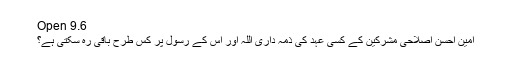
Open 9.6
امین احسن اصلاحی مشرکین کے کسی عہد کی ذمہ داری اللہ اور اس کے رسول پر کس طرح باقی رہ سکتی ہے؟